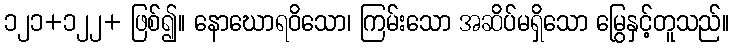
၁၂၁+၁၂၂+ ဖြစ်၍။ နောဃောရဝိသော၊ ကြမ်းသော အဆိပ်မရှိသော မြွေနှင့်တူသည်။